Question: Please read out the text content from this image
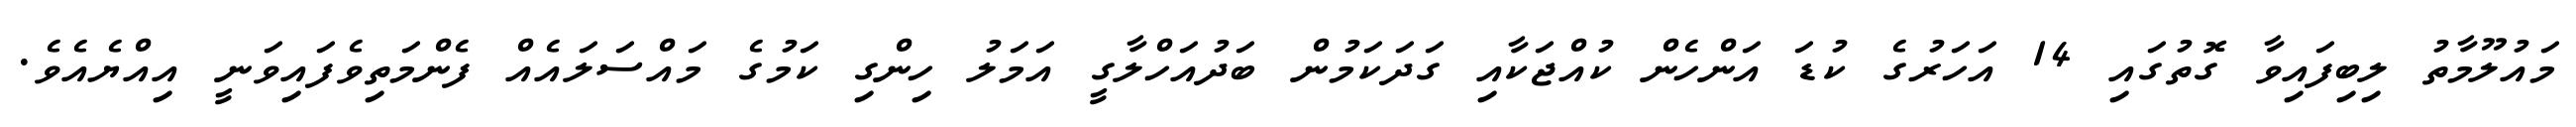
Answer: މައުލޫމާތު ލިބިފައިވާ ގޮތުގައި 14 އަހަރުގެ ކުޑަ އަންހެން ކުއްޖަކާއި ގަދަކަމުން ބަދުއަހްލާގީ އަމަލު ހިންގި ކަމުގެ މައްސަލައެއް ފެންމަތިވެފައިވަނީ އިއްޔެއެވެ.